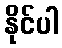
နိုင်ပါ